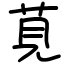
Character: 莧